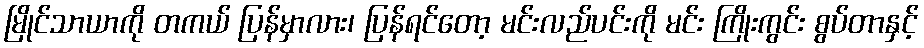
မြိုင်သာယာကို တကယ် ပြန်မှာလား၊ ပြန်ရင်တော့ မင်းလည်ပင်းကို မင်း ကြိုးကွင်း စွပ်တာနှင့်